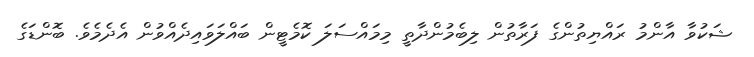
ޝަކުވާ އާންމު ރައްޔިތުންގެ ފަރާތުން ލިބެމުންދާތީ މިމައްސަލަ ކޮމެޓީން ބައްލަވައިދެއްވުން އެދެމެވެ. ބޮންޑަގެ